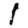
Digit: 1